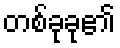
တစ်ခုခု၏